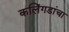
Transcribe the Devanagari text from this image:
कलिंगडांचा